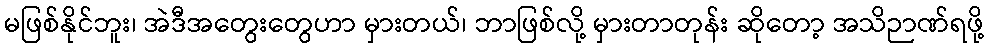
မဖြစ်နိုင်ဘူး၊ အဲဒီအတွေးတွေဟာ မှားတယ်၊ ဘာဖြစ်လို့ မှားတာတုန်း ဆိုတော့ အသိဉာဏ်ရဖို့